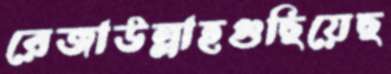
রেজাউল্লাহগুছিয়েছ